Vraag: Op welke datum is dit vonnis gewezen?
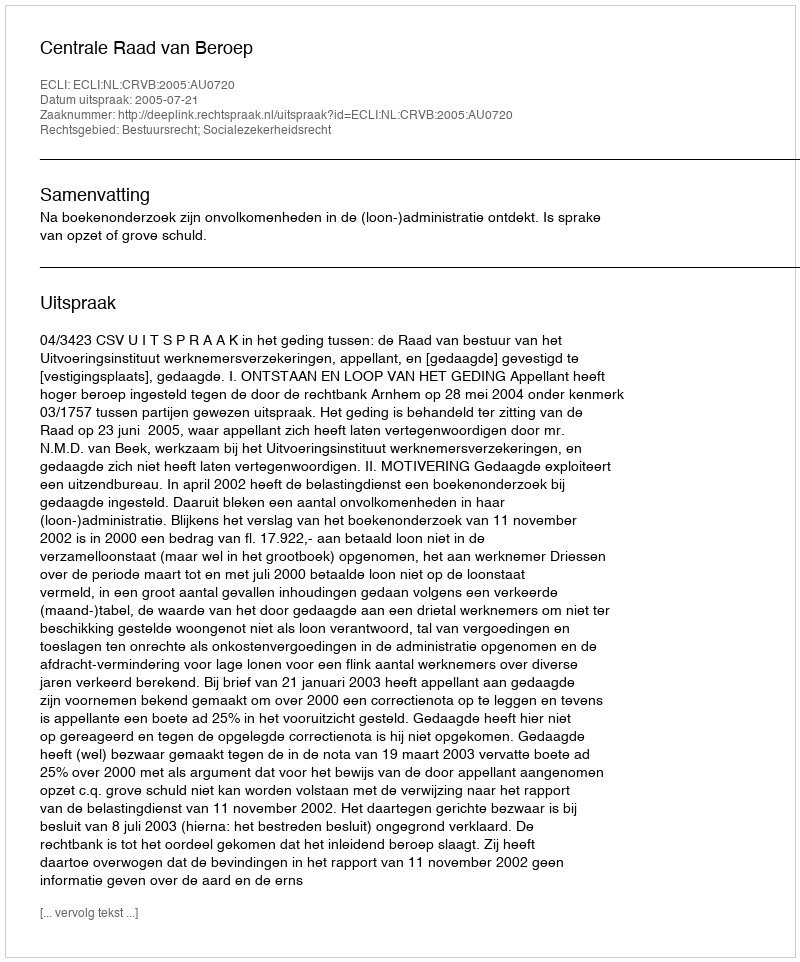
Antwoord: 2005-07-21